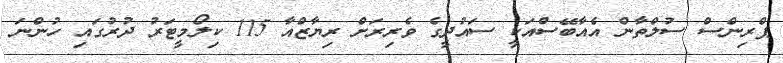
ޕްރިންސް ސުލްތާން އެއާބޭސްއަކީ ސައުދީގެ ވެރިރަށް ރިޔާޒްއާ 115 ކިލޯމީޓަރު ދުރުގައި ހުންނަ